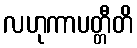
လဟုကာပတ္တီတိ